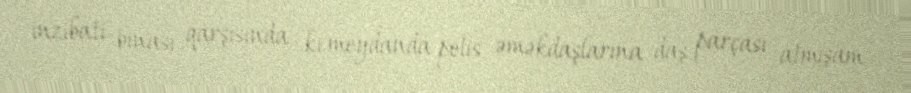
inzibati binası qarşısında kı meydanda polis əməkdaşlarına daş parçası atmışam